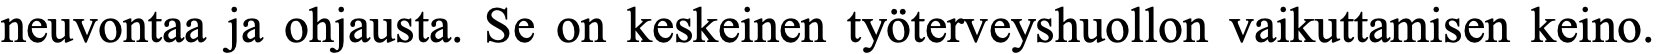
neuvontaa ja ohjausta. Se on keskeinen työterveyshuollon vaikuttamisen keino.